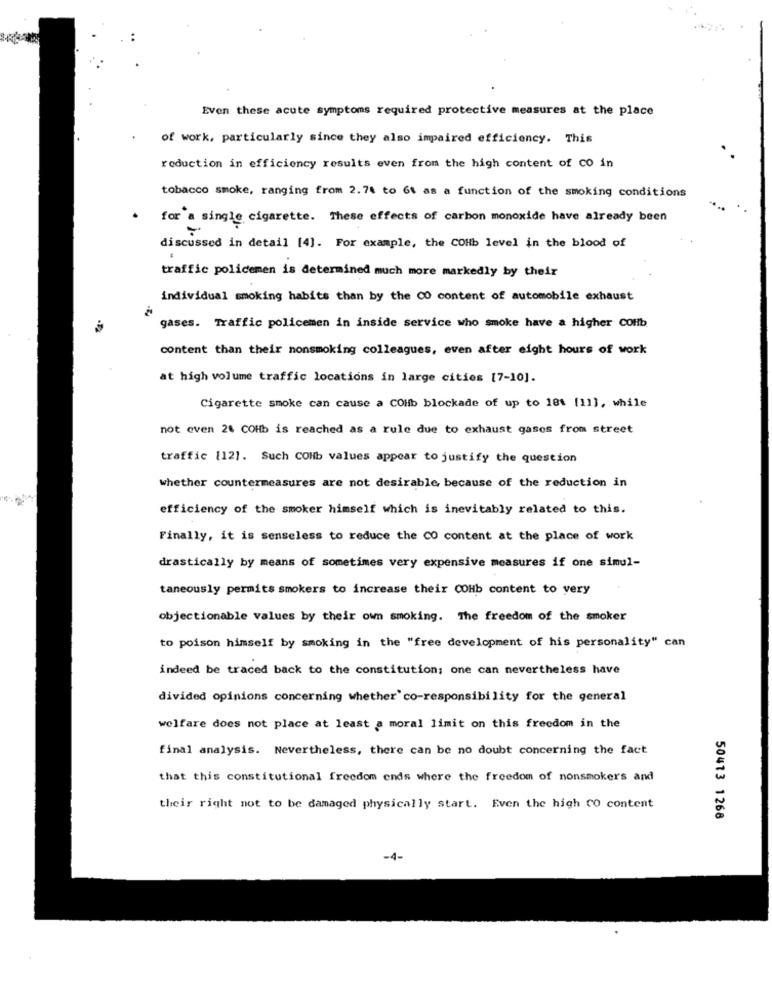
Even these acute symptoms required protective measures at the place
of work, particularly since they also impaired efficiency. This
reduction in efficiency results even from the high content of co in
tobacco smoke, ranging from 2.74 to 6t as a function of the smoking conditions
.
for a single cigarette. These effects of carbon monoxide have already been
discussed in detail [4]. For example, the COHb level in the blood of
traffic policemen is determined much more markedly by their
individual smoking habits than by the 00 content of automobile exhaust
gases. Traffic policemen in inside service who smoke have a higher COlib
content than their nonsmoking colleagues, even after eight hours of work
at high volume traffic locations in large cities [7-10].
Cigarette smoke can cause a COib blockade of up to 18: [11], while
not even 24 COHb is reached as a rule due to exhaust gases from street
traffic [12]. Such COHb values appear to justify the question
whether countermeasures are not desirable, because of the reduction in
efficiency of the smoker himself which is inevitably related to this.
Finally, it is senseless to reduce the CO content at the place of work
drastically by means of sometimes very expensive measures if one simul-
taneously permits smokers to increase their COHb content to very
objectionable values by their own smoking. The freedom of the smoker
to poison himself by smoking in the "free development of his personality" can
indeed be traced back to the constitution; one can nevertheless have
divided opinions concerning whether' co-responsibility for the general
welfare does not place at least a moral limit on this freedom in the
final analysis. Nevertheless, there can be no doubt concerning the fact
that this constitutional freedom ends where the freedom of nonsmokers and
their right not to be damaged physically start. Even the high CO content
50413 1268
-4-